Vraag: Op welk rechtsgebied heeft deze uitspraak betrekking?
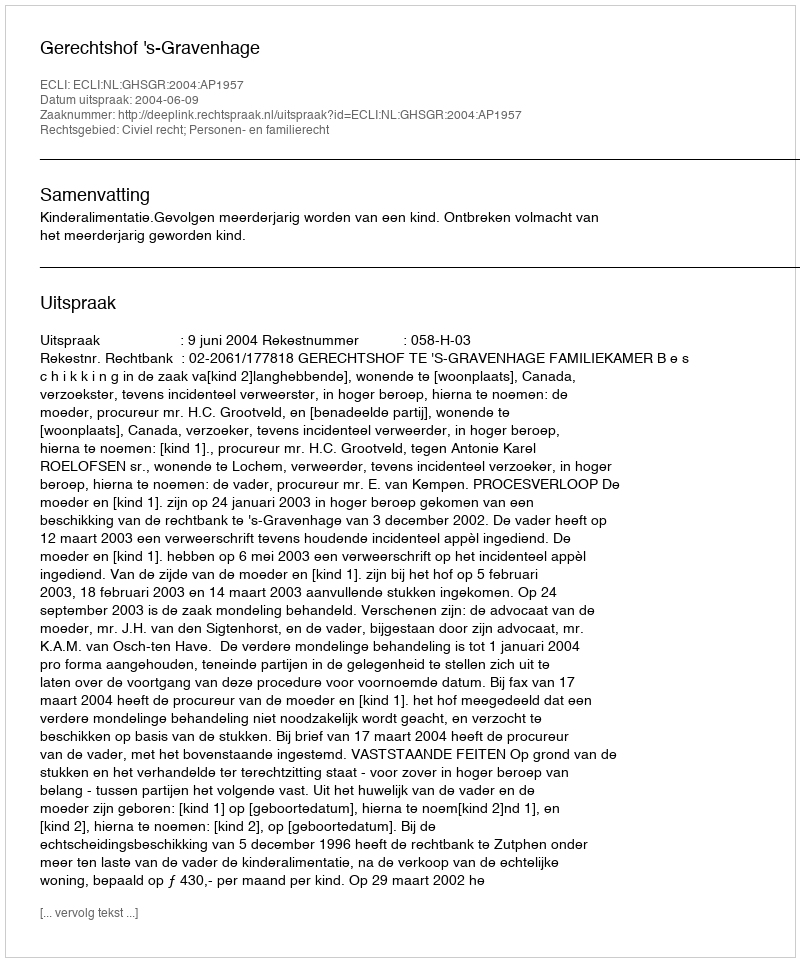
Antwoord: Civiel recht; Personen- en familierecht